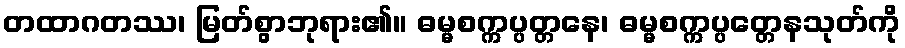
တထာဂတဿ၊ မြတ်စွာဘုရား၏။ ဓမ္မစက္ကပ္ပတ္တနေ၊ ဓမ္မစက္ကပ္ပတ္တေနသုတ်ကို